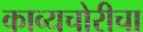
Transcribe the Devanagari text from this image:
काव्यचोरीचा